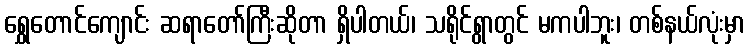
ရွှေတောင်ကျောင်း ဆရာတော်ကြီးဆိုတာ ရှိပါတယ်၊ သရိုင်ရွာတွင် မကပါဘူး၊ တစ်နယ်လုံးမှာ